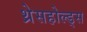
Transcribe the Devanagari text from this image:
थ्रेसहोल्ड्स